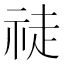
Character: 𱵎